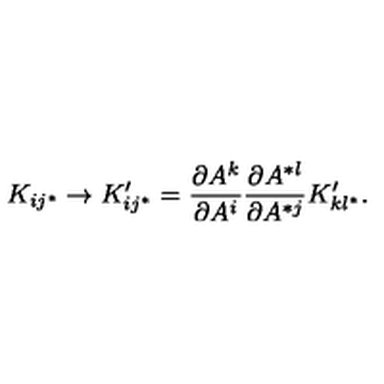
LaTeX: K _ { i j ^ { * } } \rightarrow K _ { i j ^ { * } } ^ { \prime } = { \frac { \partial A ^ { k } } { \partial A ^ { i } } } { \frac { \partial A ^ { * l } } { \partial A ^ { * j } } } K _ { k l ^ { * } } ^ { \prime } .